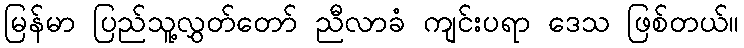
မြန်မာ ပြည်သူ့လွှတ်တော် ညီလာခံ ကျင်းပရာ ဒေသ ဖြစ်တယ်။